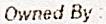
OWNED BY :